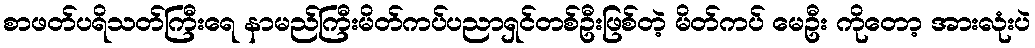
စာဖတ်ပရိသတ်ကြီးရေ နာမည်ကြီးမိတ်ကပ်ပညာရှင်တစ်ဦးဖြစ်တဲ့ မိတ်ကပ် မေဦး ကိုတော့ အားလုံးပဲ